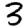
Digit: 3